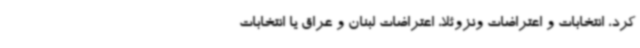
کرد، انتخابات و اعتراضات ونزوئلا، اعتراضات لبنان و عراق یا انتخابات